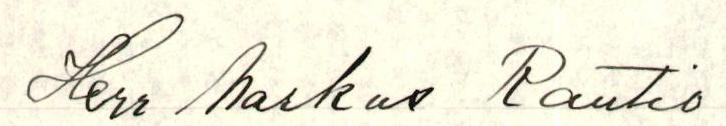
Herr Markus Rautio